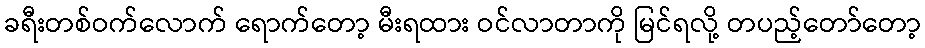
ခရီးတစ်ဝက်လောက် ရောက်တော့ မီးရထား ဝင်လာတာကို မြင်ရလို့ တပည့်တော်တော့